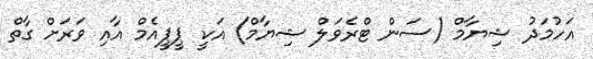
އަހުމަދު ޝިޔާމް (ސަން ޓްރެވަލް ޝިޔާމް) އަކީ ޕީޕީއެމް އާއި ވަރަށް ގާތް